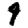
Digit: 9